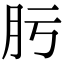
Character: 肟